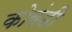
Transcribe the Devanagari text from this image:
कोबंडी